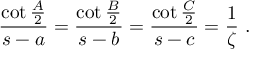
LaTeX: { \frac { \cot { \frac { A } { 2 } } } { s - a } } = { \frac { \cot { \frac { B } { 2 } } } { s - b } } = { \frac { \cot { \frac { C } { 2 } } } { s - c } } = { \frac { 1 } { \zeta } } ~ .